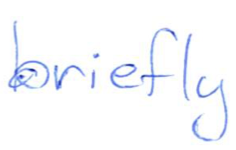
Text: briefly
Cross-out: clean
Writing tool: ballpoint